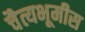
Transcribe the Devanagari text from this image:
चैत्यभूमीस